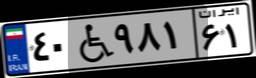
۴۰W۹۸۱۶۱